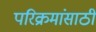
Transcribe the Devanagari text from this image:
परिक्रमांसाठी